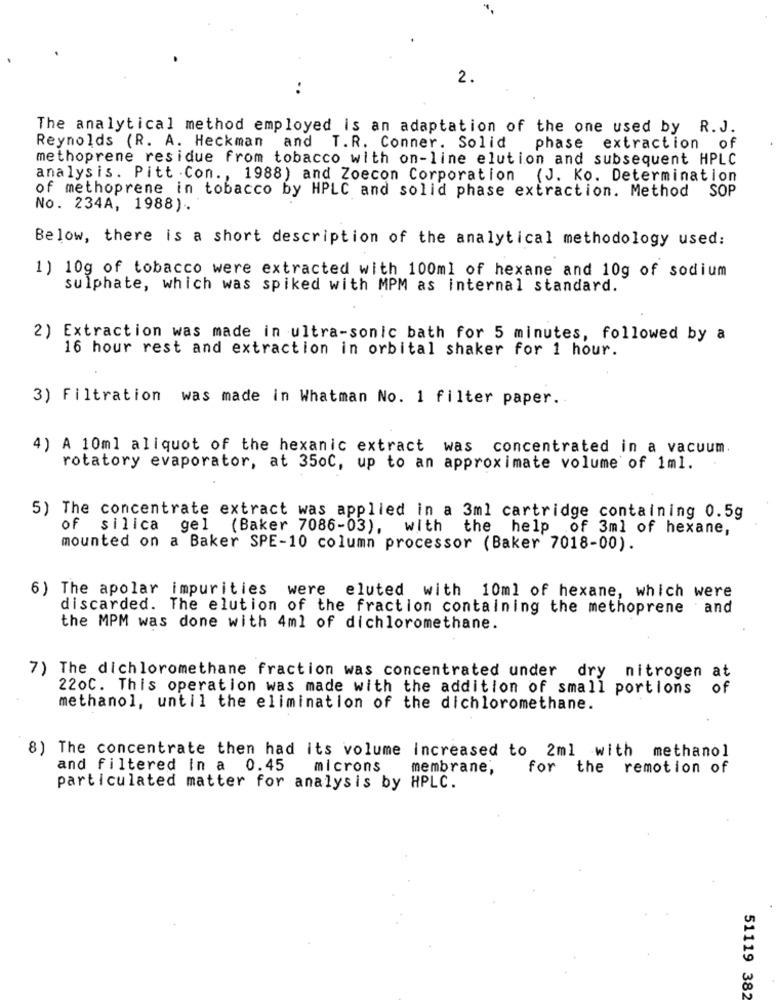
2.
The analytical method employed is an adaptation of the one used by R. J.
Reynolds (R. A. Heckman and T.R. Conner. Solid phase extraction of
methoprene residue from tobacco with on-line elution and subsequent HPLC
analysis. Pitt . Con ., 1988) and Zoecon Corporation (J. Ko. Determination
of methoprene in tobacco by HPLC and solid phase extraction. Method SOP
No. 234A, 1988).
Below, there is a short description of the analytical methodology used:
1) 10g of tobacco were extracted with 100ml of hexane and 10g of sodium
sulphate, which was spiked with MPM as internal standard.
2) Extraction was made in ultra-sonic bath for 5 minutes, followed by a
16 hour rest and extraction in orbital shaker for 1 hour.
3) Filtration was made in Whatman No. 1 filter paper ..
4) A 10ml aliquot of the hexanic extract was concentrated in a vacuum
rotatory evaporator, at 3500, up to an approximate volume of 1ml.
5) The concentrate extract was applied in a 3ml cartridge containing 0.5g
of silica gel (Baker 7086-03), with the help of 3ml of hexane,
mounted on a Baker SPE-10 column processor (Baker 7018-00).
6) The apolar impurities were eluted with 10ml of hexane, which were
discarded. The elution of the fraction containing the methoprene . and
the MPM was done with 4ml of dichloromethane.
nitrogen at
7) The dichloromethane fraction was concentrated under dry
220C. This operation was made with the addition of small portions
of
methanol, until the elimination of the dichloromethane.
8) The concentrate then had its volume increased to 2ml with methanol
and filtered In a 0.45
microns
membrane,
for the remotion of
particulated matter for analysis by HPLC.
51119 38